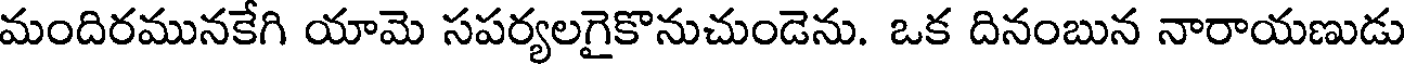
మందిరమునకేగి యామె సపర్యలగైకొనుచుండెను. ఒక దినంబున నారాయణుడు